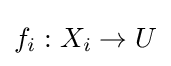
f_{i}:X_{i}\to U